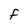
Character: F